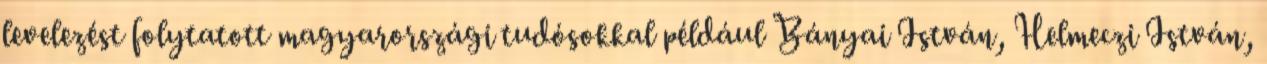
levelezést folytatott magyarországi tudósokkal például Bányai István, Helmeczi István,